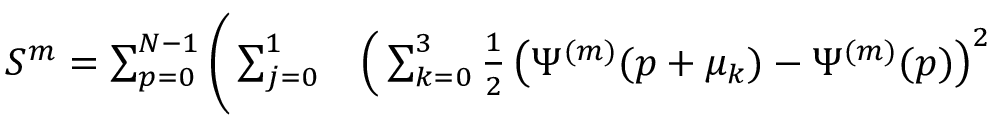
\begin{array} { r l } { S ^ { m } = \sum _ { p = 0 } ^ { N - 1 } \Bigg ( \sum _ { j = 0 } ^ { 1 } } & { { } \Big ( \sum _ { k = 0 } ^ { 3 } \frac { 1 } { 2 } \left( \Psi ^ { ( m ) } ( p + \mu _ { k } ) - \Psi ^ { ( m ) } ( p ) \right) ^ { 2 } } \end{array}